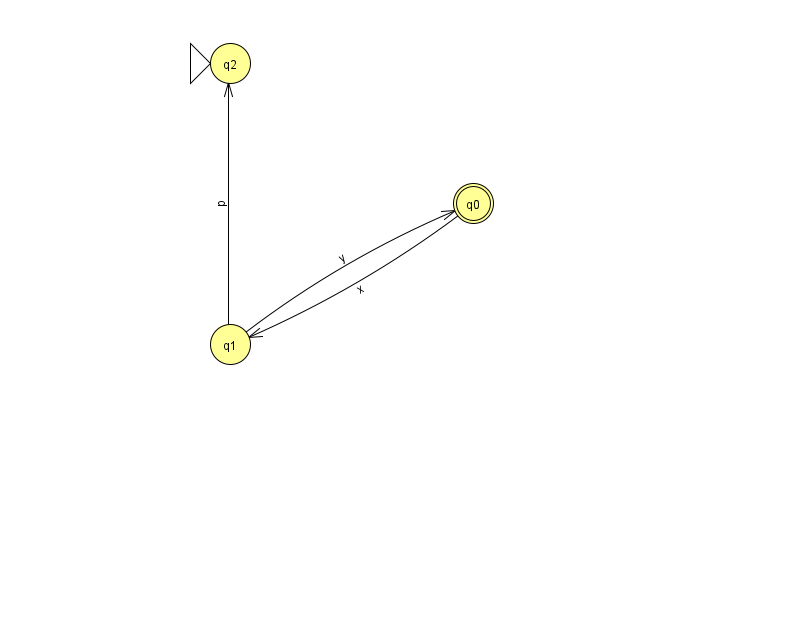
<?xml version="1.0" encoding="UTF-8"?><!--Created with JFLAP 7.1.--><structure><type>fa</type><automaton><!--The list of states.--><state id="0" name="q0"><x>473.0</x><y>190.0</y><final/></state><state id="1" name="q1"><x>230.0</x><y>331.0</y></state><state id="2" name="q2"><x>230.0</x><y>50.0</y><initial/></state><!--The list of transitions.--><transition><from>1</from><to>2</to><read>p</read></transition><transition><from>0</from><to>1</to><read>x</read></transition><transition><from>1</from><to>0</to><read>y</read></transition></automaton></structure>